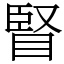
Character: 䁂